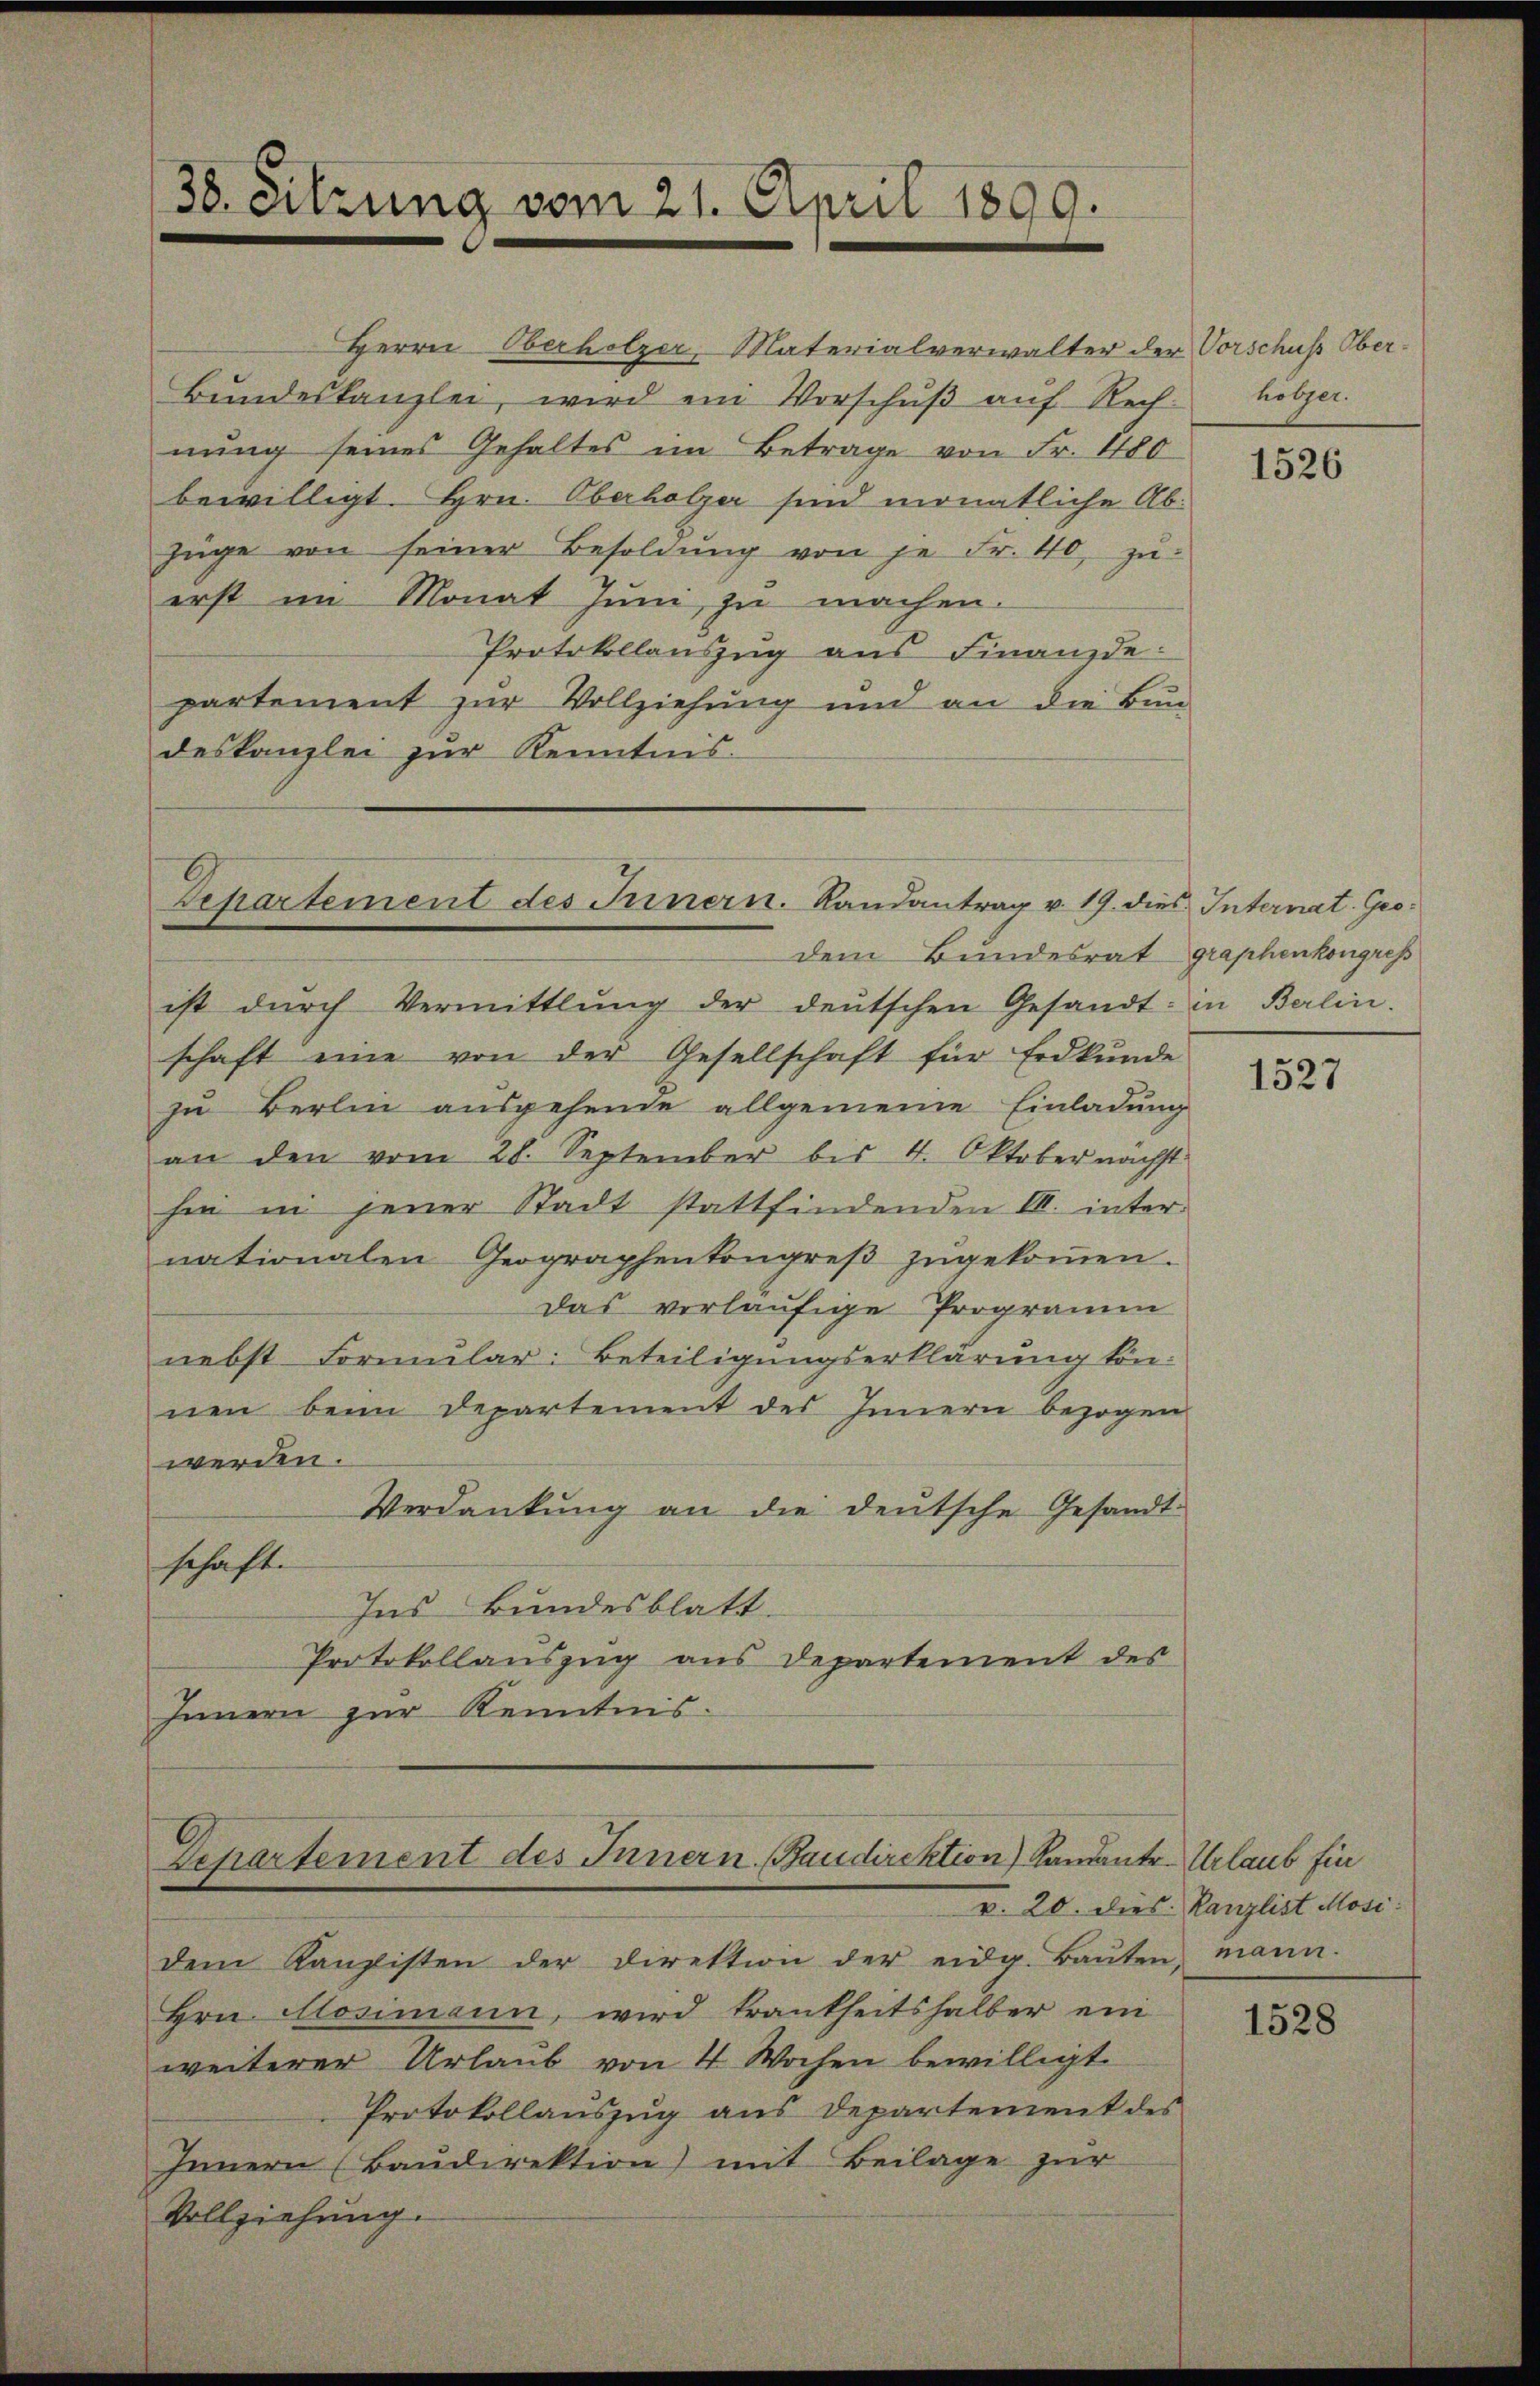
Herrn Oberholzer, Materialverwalter der Vorschuß Ober¬
Bŭndeskanzlei, wird ein Vorschŭβ aŭf Rechnŭng seines Gehaltes im Betrage von Fr. 480
bewilligt. Hrn. Oberholzer sind monatliche Ab¬
Züge von seiner Besoldŭng von je Fr. 40. zŭ-
erst im Monat Jŭni zŭ machen.
Protokollanszŭg ans Finanzde
partement zur Vollziehung und an die Bun-
deskanzlei zur Kenntnis.

38. Sitzung vom 21. April 1899.

Departement des Innern. Randantrag v. 19. dies Internat. Gro¬

Departement des Innern. Staudirektion) kandante Urlaub für

holzer.

ist dŭrch Vermittlung der deŭtschen Gesandt: in Berlin.
schaft eine von der Gesellschaft für Erdkŭnde
zu Berlin ausgehende allgemeine Einladung
an den vom 28. September bis 4. Oktober nächst
hin in jener Stadt stattfindenden S. internationalen Geographenkongreβ zŭgekoṁen.
Das vorläufige Programm
nebst Formular-Beteiligungserklärung können beim Departement des Innern bezogen
werden.
Verdankung an die deutsche Gesandt-
schaft.
Ins Bundesblatt.
Protokollauszug aus Departement des
Innern zur Kenntnis.

dem Bundesrat graphenkongres

dem Kanzisten der Direktion der eidg. Baŭten, mann.
Hrn. Glosimann, wird trankheitshalber ein
weiterer Urlaub von 4 Wochen bewilligt.
Protokollauszug aus Departement des
Innern (Baŭdirektion) mit Beilage zur
Vollziehung.

1526

1527

v. 20. dies Kanzlist Mosi

1528